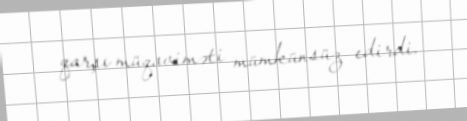
qarşı müqaviməti mümkünsüz edirdi.